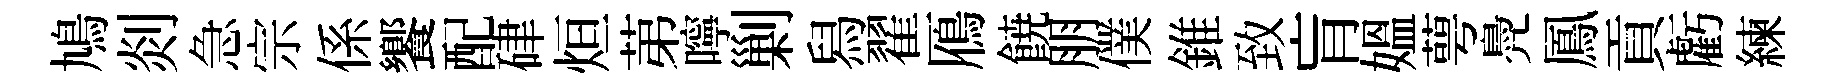
鳩剡急宗係饗配硉烜苐嚀剿舄翟鴈𩜙朋僕錐致肓媪萼鳧鳳貢虧練